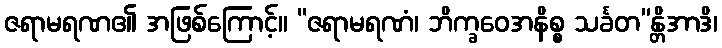
ဇရာမရဏ၏ အဖြစ်ကြောင့်။ “ဇရာမရဏံ၊ ဘိက္ခဝေအနိစ္စ သင်္ခတ”န္တိအာဒိ၊